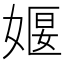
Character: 𪦈